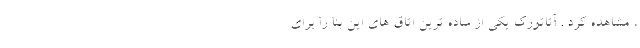
، مشاهده کرد . آتاتورک یکی از ساده ‌ترین اتاق های این بنا را برای